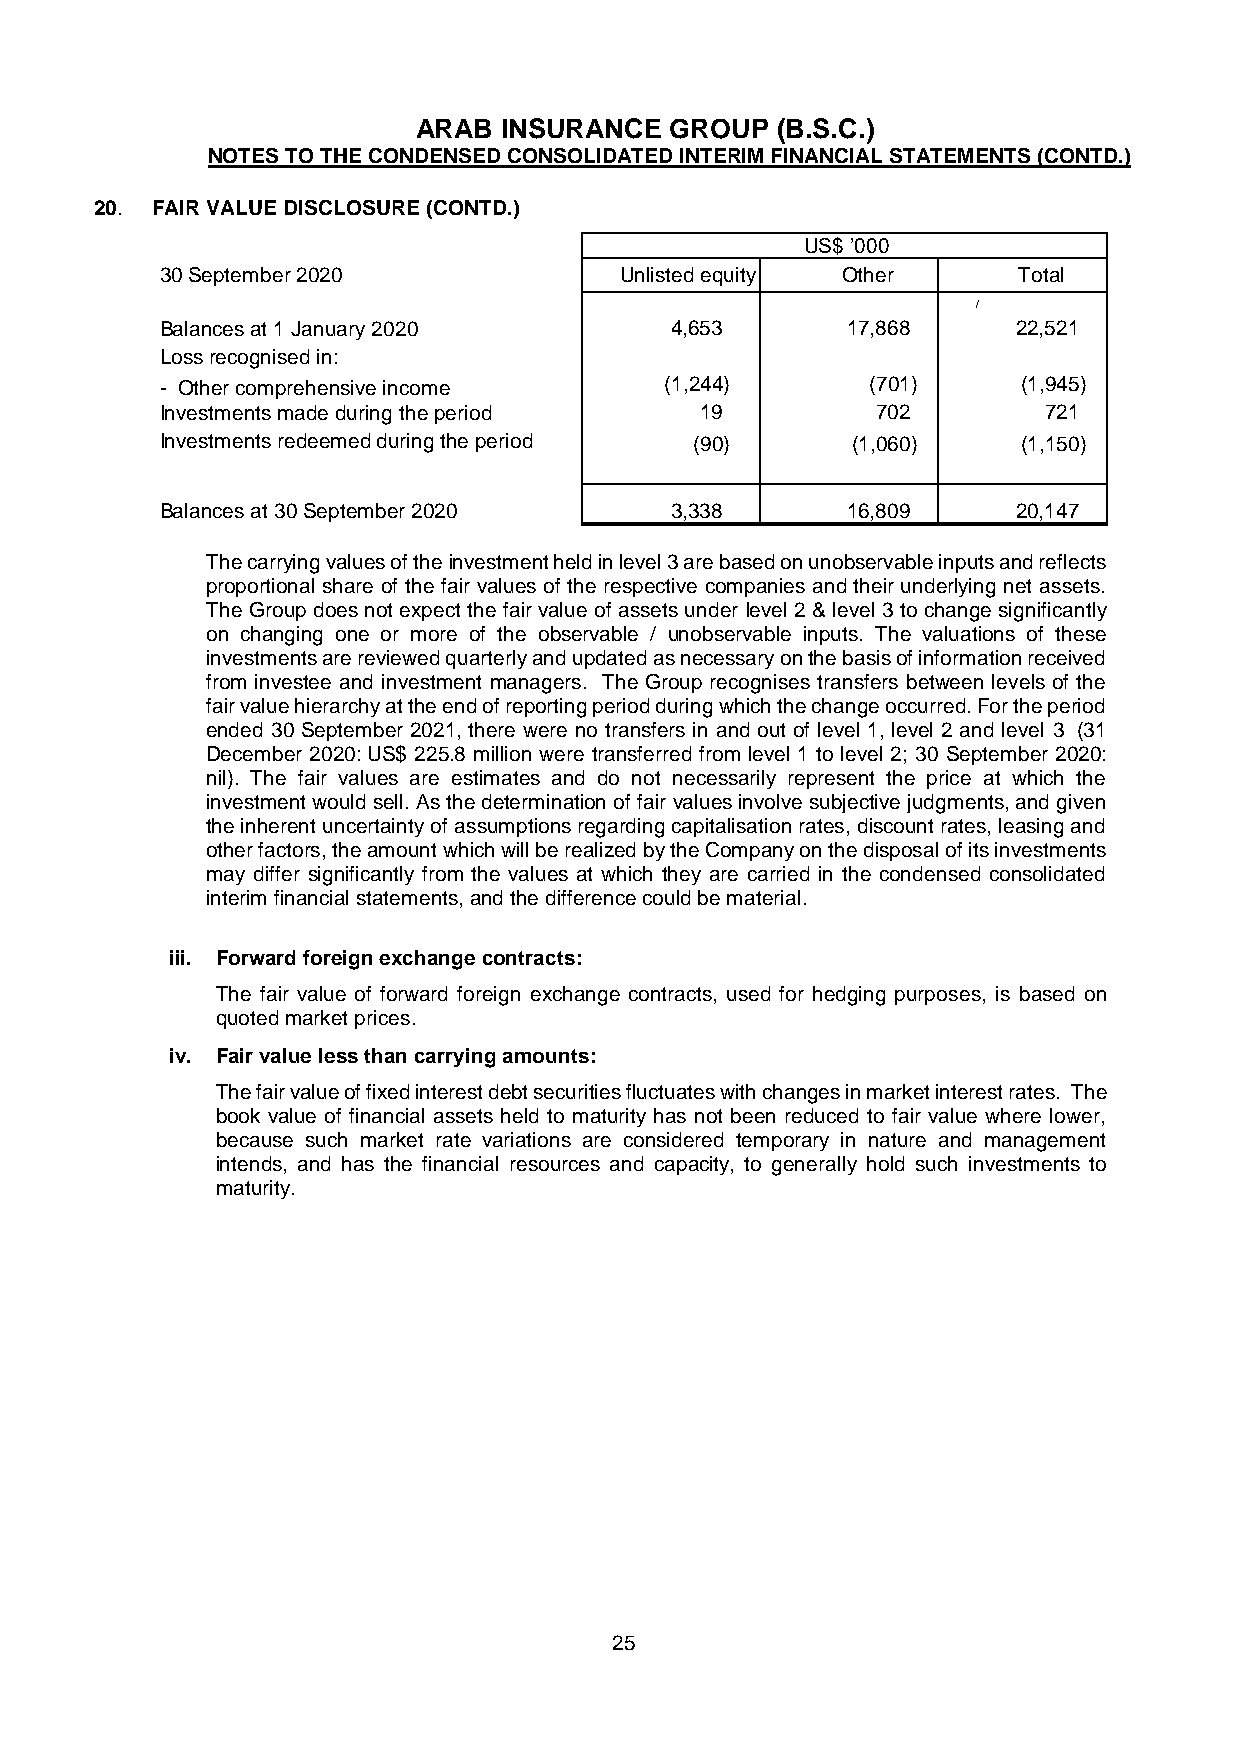
ARAB INSURANCE  GROUP  (B.S.C.)
 NOTES TO THE CONDENSED CONSOLIDATED INTERIM FINANCIAL STATEMENTS (CONTD.)
 20. FAIR VALUE DISCLOSURE (CONTD.)
 US$ ’000
 30 September 2020             Unlisted equity Other     Total
 /
 Balances at 1 January 2020       4,653       17,868     22,521
 Loss recognised in:
 - Other comprehensive income     (1,244)       (701)     (1,945)
 Investments made during the period 19          702        721
 Investments redeemed during the period (90)  (1,060)     (1,150)
 Balances at 30 September 2020    3,338       16,809     20,147
 The carrying values of the investment held in level 3 are based on unobservable inputs and reflects
 proportional share of the fair values of the respective companies and their underlying net assets.
 The Group does not expect the fair value of assets under level 2 & level 3 to change significantly
 on changing one or more of the observable / unobservable inputs. The valuations of these
 investments are reviewed quarterly and updated as necessary on the basis of information received
 from investee and investment managers. The Group recognises transfers between levels of the
 fair value hierarchy at the end of reporting period during which the change occurred. For the period
 ended 30 September 2021, there were no transfers in and out of level 1, level 2 and level 3 (31
 December 2020: US$ 225.8 million were transferred from level 1 to level 2; 30 September 2020:
 nil). The fair values are estimates and do not necessarily represent the price at which the
 investment would sell. As the determination of fair values involve subjective judgments, and given
 the inherent uncertainty of assumptions regarding capitalisation rates, discount rates, leasing and
 other factors, the amount which will be realized by the Company on the disposal of its investments
 may differ significantly from the values at which they are carried in the condensed consolidated
 interim financial statements, and the difference could be material.
 iii. Forward foreign exchange contracts:
 The fair value of forward foreign exchange contracts, used for hedging purposes, is based on
 quoted market prices.
 iv. Fair value less than carrying amounts:
 The fair value of fixed interest debt securities fluctuates with changes in market interest rates. The
 book value of financial assets held to maturity has not been reduced to fair value where lower,
 because such market rate variations are considered temporary in nature and management
 intends, and has the financial resources and capacity, to generally hold such investments to
 maturity.
 25